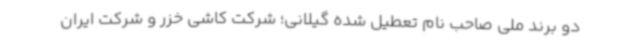
دو برند ملی صاحب نام تعطیل شده گیلانی؛ شرکت کاشی خزر و شرکت ایران